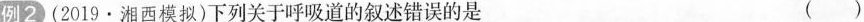
例2(2019 · 湘西模拟)下列关于呼吸道的叙述错误的是 ( )